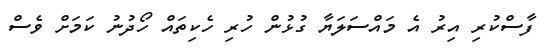
ފާސްކުރި އިރު އެ މައްސަލަޔާ ގުޅުން ހުރި ހެކިތައް ހޯދުނު ކަމަށް ވެސް